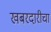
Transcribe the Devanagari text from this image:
खबरदारीचा